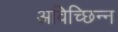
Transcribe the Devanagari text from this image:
अविच्छिन्‍न